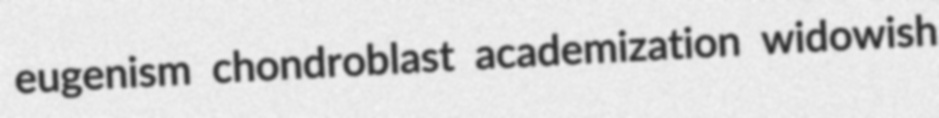
eugenism chondroblast academization widowish